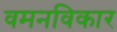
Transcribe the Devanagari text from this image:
वमनविकार